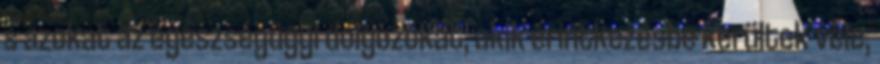
s azokat az egészségügyi dolgozókat, akik érintkezésbe kerültek vele,